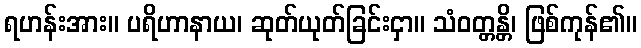
ရဟန်းအား။ ပရိဟာနာယ၊ ဆုတ်ယုတ်ခြင်းငှာ။ သံဝတ္တန္တိ၊ ဖြစ်ကုန်၏။